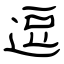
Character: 逗